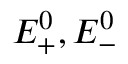
E _ { + } ^ { 0 } , E _ { - } ^ { 0 }